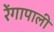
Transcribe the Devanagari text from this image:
रेंगापाली